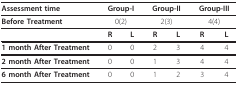
<table><thead><tr><td><b>Assessment time</b></td><td colspan="2"><b>Group-I</b></td><td colspan="2"><b>Group-II</b></td><td colspan="2"><b>Group-III</b></td></tr></thead><tbody><tr><td><b>Before Treatment</b></td><td colspan="2">0(2)</td><td colspan="2">2(3)</td><td colspan="2">4(4)</td></tr><tr><td></td><td><b>R</b></td><td><b>L</b></td><td><b>R</b></td><td><b>L</b></td><td><b>R</b></td><td><b>L</b></td></tr><tr><td><b>1 month After Treatment</b></td><td>0</td><td>0</td><td>2</td><td>3</td><td>4</td><td>4</td></tr><tr><td><b>2 month After Treatment</b></td><td>0</td><td>0</td><td>1</td><td>3</td><td>4</td><td>4</td></tr><tr><td><b>6 month After Treatment</b></td><td>0</td><td>0</td><td>1</td><td>2</td><td>3</td><td>4</td></tr></tbody></table>